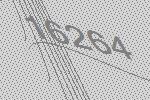
16264